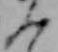
ん